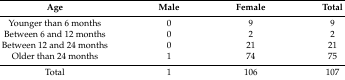
| Age | Male | Female | Total |
 | --- | --- | --- | --- |
 | Younger than 6 months | 0 | 9 | 9 |
 | Between 6 and 12 months | 0 | 2 | 2 |
 | Between 12 and 24 months | 0 | 21 | 21 |
 | Older than 24 months | 1 | 74 | 75 |
 | Total | 1 | 106 | 107 |